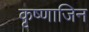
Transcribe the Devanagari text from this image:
कृष्णाजिन